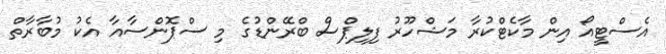
އެސްޓީއޯ އިން މާކެޓްކުރާ މަޝްހޫރު ފިލިޕްސް ބްރޭންޑުގެ މި ސްޕޮންސާއާ އެކު މުބާރާތް